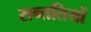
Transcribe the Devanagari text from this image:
सन्ततियों